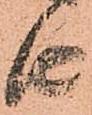
由